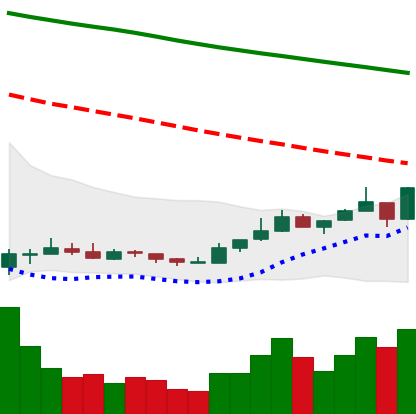
Ticker: ETC-USD
Chart end date: 2018-12-26
Forward return: -8.74%
Label: down_7plus